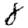
Digit: 8